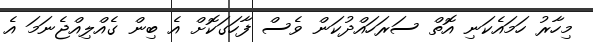
މިހާރު ހަމައެކަނި އޮތް ސަރަހައްދުކަން ވެސް ފާހަގަކޮށް އެ ބިން ގެއްލިއްޖެނަމަ އެ